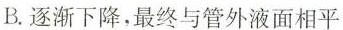
B.逐渐下降，最终与管外液面相平